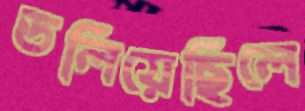
ডলিয়েছিলে